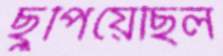
ছুপিয়েছিল